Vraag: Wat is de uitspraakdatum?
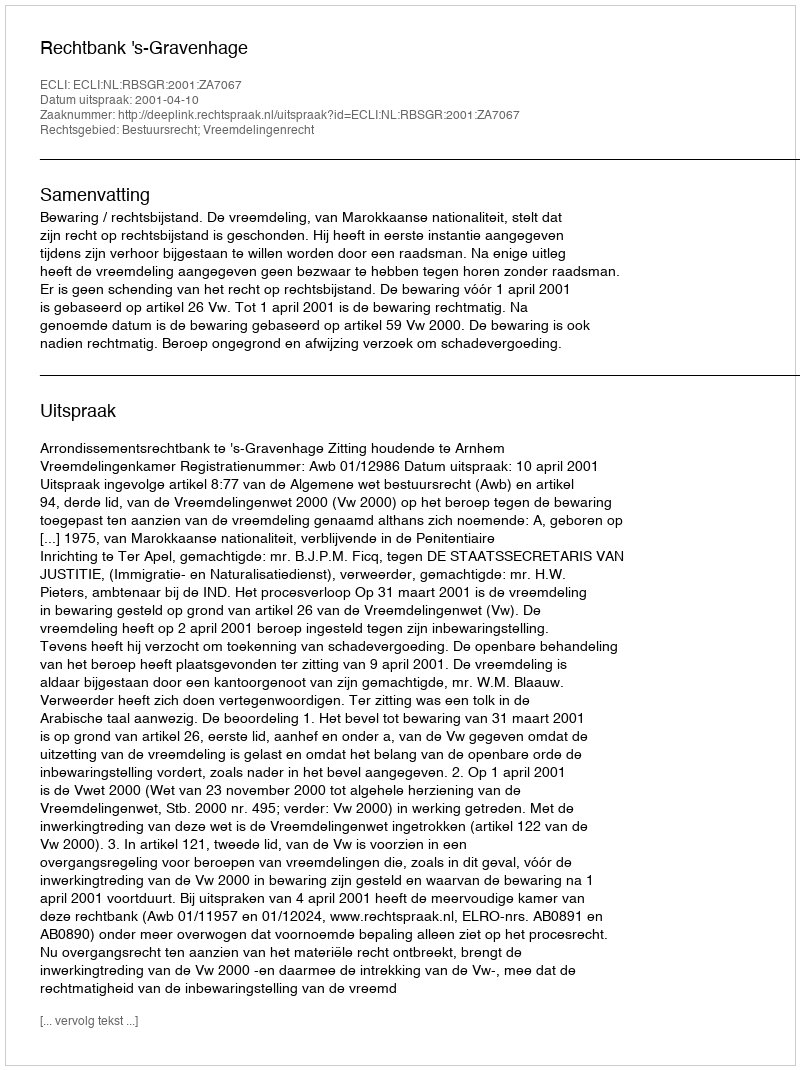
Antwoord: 2001-04-10